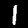
Digit: 1